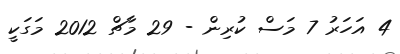
4 އަހަރު 7 މަސް ކުރިން - 29 މާޗް 2012 މަގަކީ